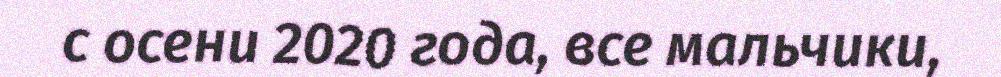
с осени 2020 года, все мальчики,